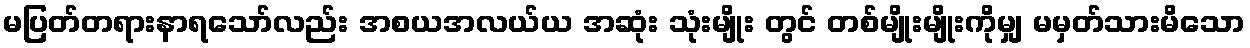
မပြတ်တရားနာရသော်လည်း အစယအလယ်ယ အဆုံး သုံးမျိုး တွင် တစ်မျိုးမျိုးကိုမျှ မမှတ်သားမိသော